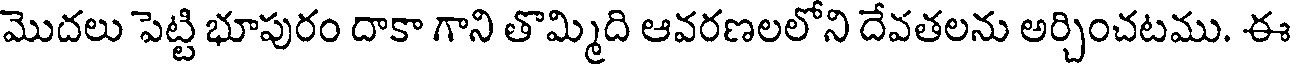
మొదలు పెట్టి భూపురం దాకా గాని తొమ్మిది ఆవరణలలోని దేవతలను అర్చించటము. ఈ